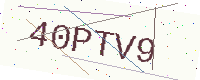
Text: 40PTV9